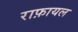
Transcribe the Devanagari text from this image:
राफ़ायल